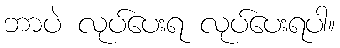
ဘာပဲ လုပ်ပေးရ လုပ်ပေးရပါ။